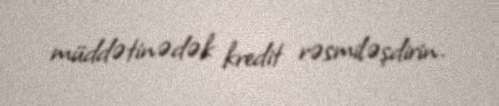
müddətinədək kredit rəsmiləşdirin.